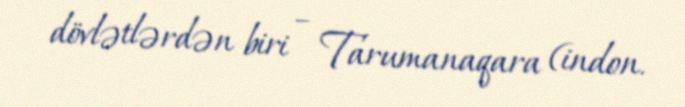
dövlətlərdən biri – Tarumanaqara (indon.